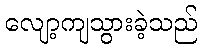
လျော့ကျသွားခဲ့သည်